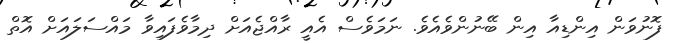
ފޮނުވަން އިންޑިއާ އިން ބޭނުންވެއެވެ. ނަމަވެސް އެއީ ރާއްޖެއަށް ދިމާވެފައިވާ މައްސަލައަށް އޮތް